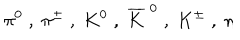
\pi ^ { 0 } \; , \; \pi ^ { \pm } \; , \; K ^ { 0 } \; , \; \overline { { { K } } } ^ { \; 0 } \; , \; K ^ { \pm } \; , \; \eta